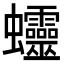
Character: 𧖜